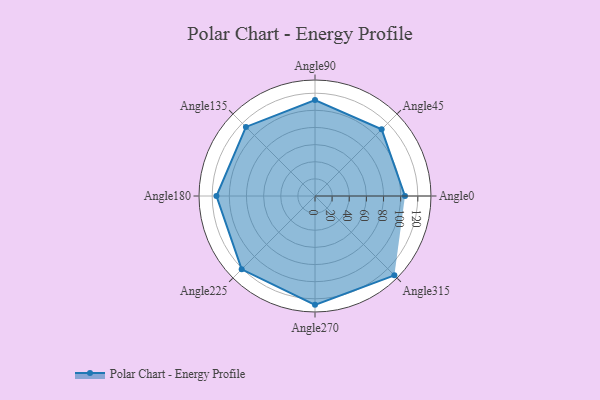
{"axis": {"x": "Angle", "y": "Radius"}, "legend": [""], "data": [{"x": "Angle0", "y": 105.0, "type": ""}, {"x": "Angle45", "y": 110.0, "type": ""}, {"x": "Angle90", "y": 112.0, "type": ""}, {"x": "Angle135", "y": 114.0, "type": ""}, {"x": "Angle180", "y": 115.0, "type": ""}, {"x": "Angle225", "y": 121.0, "type": ""}, {"x": "Angle270", "y": 127.0, "type": ""}, {"x": "Angle315", "y": 131.0, "type": ""}]}